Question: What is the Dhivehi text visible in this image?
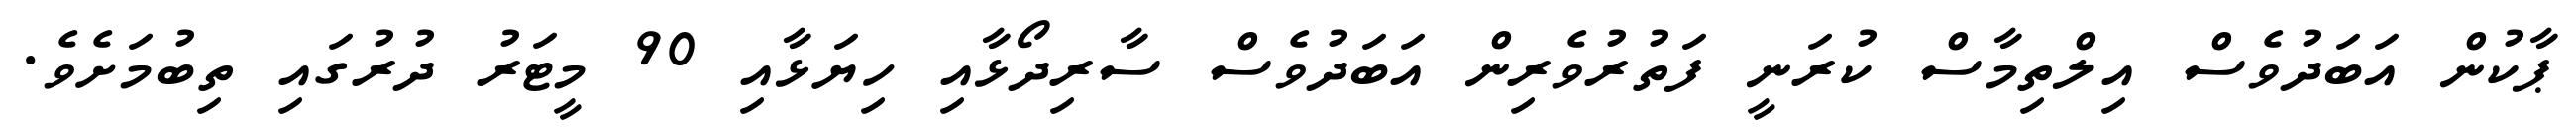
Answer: ޕާކުން އަބަދުވެސް އިލްތިމާސް ކުރަނީ ފަތުރުވެރިން އަބަދުވެސް ސާރިދޯޅާއި ހިޔަޅާއި 90 މީޓަރު ދުރުގައި ތިބުމަށެވެ.